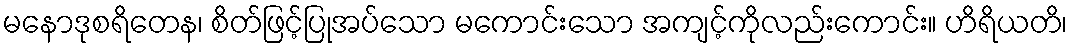
မနောဒုစရိတေန၊ စိတ်ဖြင့်ပြုအပ်သော မကောင်းသော အကျင့်ကိုလည်းကောင်း။ ဟိရိယတိ၊